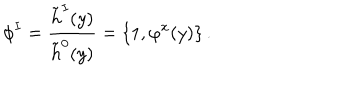
LaTeX: \phi ^ { I } = { \frac { \tilde { h } ^ { I } ( y ) } { \tilde { h } ^ { 0 } ( y ) } } = \{ 1 , \varphi ^ { x } ( y ) \} \, .